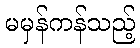
မမှန်ကန်သည့်